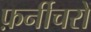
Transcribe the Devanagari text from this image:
फ़र्नीचरों